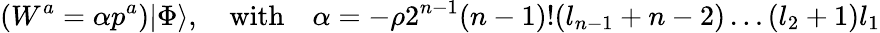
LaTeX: (W^{a}=\alpha p^{a})|\Phi\rangle,\quad\mathrm{with}\quad\alpha=-\rho 2^{n-1}(n-1)!(l_{n-1}+n-2)\ldots(l_{2}+1)l_{1}